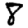
Digit: 8